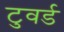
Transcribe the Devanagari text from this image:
टुवर्ड